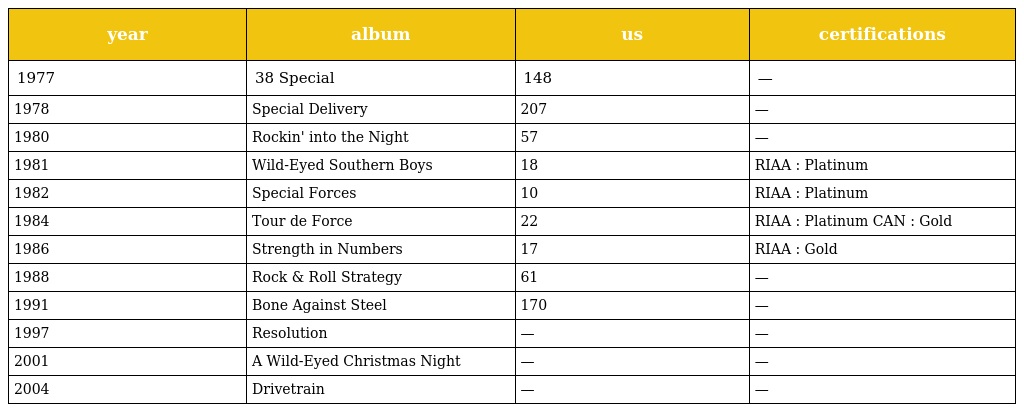
| year | album | us | certifications |
 | --- | --- | --- | --- |
 | 1977 | 38 Special | 148 | — |
 | 1978 | Special Delivery | 207 | — |
 | 1980 | Rockin' into the Night | 57 | — |
 | 1981 | Wild-Eyed Southern Boys | 18 | RIAA : Platinum |
 | 1982 | Special Forces | 10 | RIAA : Platinum |
 | 1984 | Tour de Force | 22 | RIAA : Platinum CAN : Gold |
 | 1986 | Strength in Numbers | 17 | RIAA : Gold |
 | 1988 | Rock & Roll Strategy | 61 | — |
 | 1991 | Bone Against Steel | 170 | — |
 | 1997 | Resolution | — | — |
 | 2001 | A Wild-Eyed Christmas Night | — | — |
 | 2004 | Drivetrain | — | — |